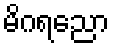
မိဂရညော